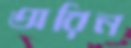
অরিন